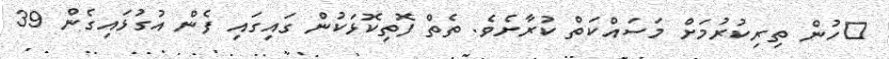
ހުން ތިރިކުރުމަށް މަސައްކަތް ކުރާށެވެ. ތެތް ފޮތިކޮޅަކުން ގައިގައި ފެން އުގުޅައިގެން 39